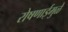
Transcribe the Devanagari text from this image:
रोषणाईमुळे